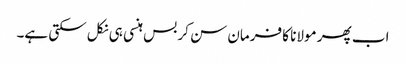
اب پھر مولانا کا فرمان سن کر بس ہنسی ہی نکل سکتی ہے۔